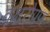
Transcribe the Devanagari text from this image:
वृक्षरोपण